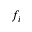
f _ { i }